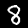
Label: 8